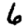
Digit: 6